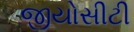
જીયોસીટી